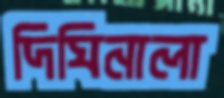
দিঘিনালা